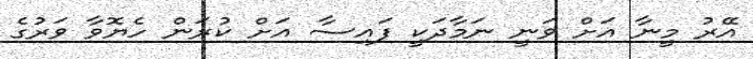
އޭރު މީނާ އަށް ވަނީ ނަމާދަކީ ފައިސާ އަށް ކުރަން ހެޔޮވާ ވަރުގެ